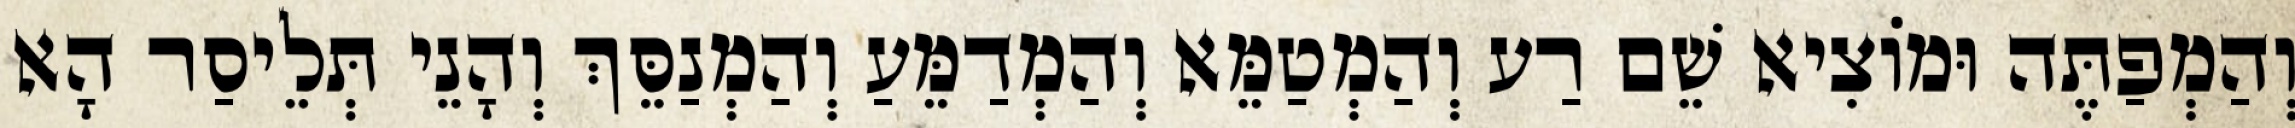
וְהַמְפַתֶּה וּמוֹצִיא שֵׁם רַע וְהַמְטַמֵּא וְהַמְדַמֵּעַ וְהַמְנַסֵּךְ וְהָנֵי תְּלֵיסַר הָא